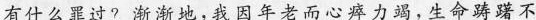
有什么罪过?渐渐地，我因年老而心瘁力竭,生命踌躇不